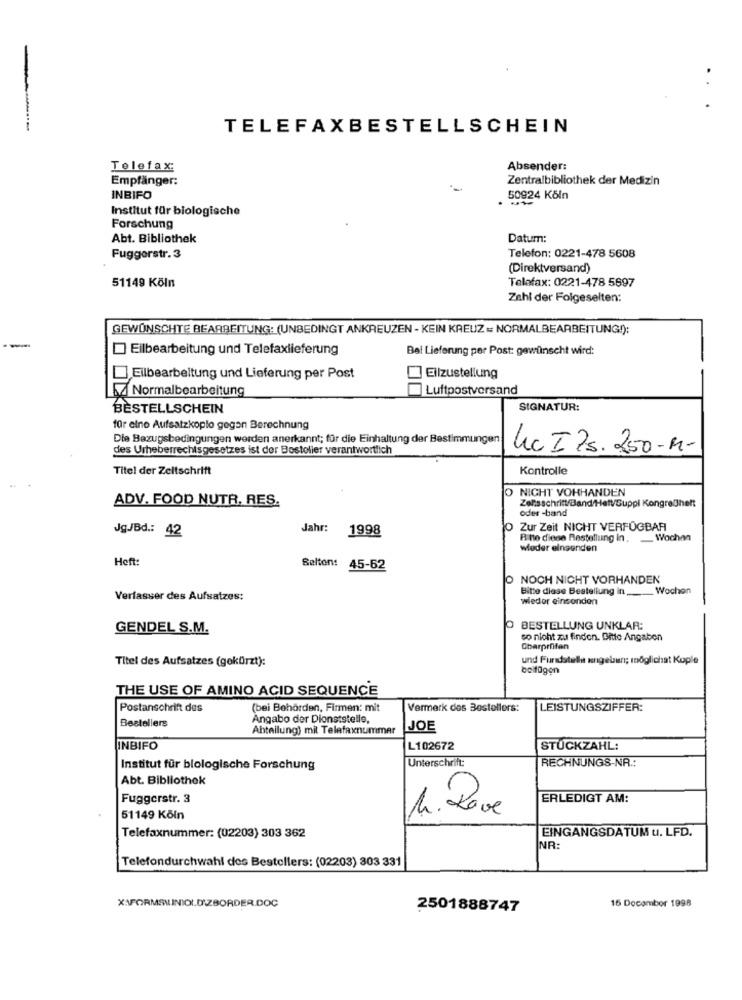
..
TELEFAXBESTELLSCHEIN
Telefax:
Absender:
Empfänger:
Zentralbibliothek der Medizin
INBIFO
50924 Köln
Institut für biologische
Forschung
Abt. Bibliothek
Datum:
Fuggerstr. 3
Telefon: 0221-478 5608
(Direktversand)
51149 Köln
Telefax: 0221-478 5697
Zahl der Folgeselten:
GEWÜNSCHTE BEARBEITUNG: (UNBEDINGT ANKREUZEN - KEIN KREUZ = NORMALBEARBEITUNG!):
Eilbearbeitung und Telefaxlieferung
Bei Lieferung per Post: gewünscht wird:
Eilbearbeitung und Lieferung per Post
Eilzustellung
A Normalbearbeitung
Luftpostversand
BESTELLSCHEIN
SIGNATUR:
für eine Aufsatzkoplo gegen Berechnung
Die Bezugsbedingungen werden anerkannt; für die Einhaltung der Bestimmungen
des Urheberrechtsgesetzes ist der Bostolier verantwortlich
Uc Its. 250-M-
Titel der Zeitschrift
Kontrolle
O NICHT VORHANDEN
ADV. FOOD NUTR, RES.
Zelsschritt/Band/HefV/Suppi KongreCheft
oder -band
JgJBd .: 42
Jahr:
1998
O Zur Zeit NICHT VERFÜGBAR
Bitte diese Bestellung in. _ Wochen
wieder einsenden
Heft:
Selton: 45-62
O NOCH NICHT VORHANDEN
Bitte diese Bestellung In _____ Wochen
Verfasser des Aufsatzes:
wieder einsonden
GENDEL S.M.
O BESTELLUNG UNKLAR:
so nicht zu finden. Ditte Angaben
Obarprüfen
Titel des Aufsatzes (gekürzt):
und Fundstelle engelsun; möglichat Kople
belfügen
THE USE OF AMINO ACID SEQUENCE
Postanschrift des
(bei Behörden, Firmen: mit
Vermerk des Bestellers:
LEISTUNGSZIFFER:
Bestellers
Angabo der Dionststelle,
Abteilung) mit Telefaxnummer
JOE
INBIFO
L102672
STÜCKZAHL:
Unterschrift:
RECHNUNGS-NR .:
Institut für biologische Forschung
Abt. Bibliothek
Fuggerstr. 3
ERLEDIGT AM:
1. Dove
51149 Köln
EINGANGSDATUM u. LFD.
Telefaxnummer: (02203) 303 362
NR:
Telefondurchwahl des Bestellers: (02203) 303 331
16 Docambor 1998
2501888747